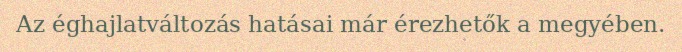
Az éghajlatváltozás hatásai már érezhetők a megyében.